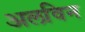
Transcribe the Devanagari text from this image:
अलविन